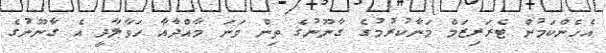
އެހެންކަމުން ޓެރަރިޒަމް މަނާކުރުމުގެ ގާނޫނުގެ ތިން ވަނަ މާއްދާއާ ހަވާލާދީ އެ ގާނޫނުގެ